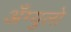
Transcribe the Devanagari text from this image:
अँग्युलो